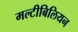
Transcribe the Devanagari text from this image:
मल्टीबिलियन